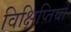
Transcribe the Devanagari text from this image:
विक्षिप्तियों